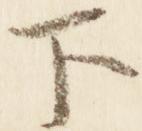
下